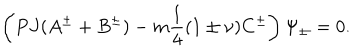
LaTeX: \left( P J ( A ^ { \pm } + B ^ { \pm } ) - m \frac { 1 } { 4 } ( 1 \pm \nu ) C ^ { \pm } \right) \Psi _ { \pm } = 0 .